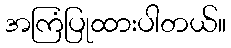
အကြံပြုထားပါတယ်။